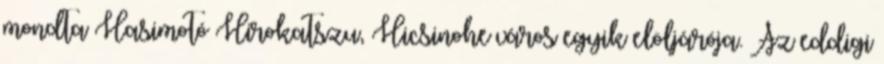
mondta Hasimotó Hirokatszu, Hicsinohe város egyik elöljárója. Az eddigi